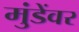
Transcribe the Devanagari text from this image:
मुंडेंवर